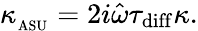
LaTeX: \kappa_{_\mathrm{ASU}}=2i\hat{\omega}\tau_{\mathrm{diff}}\kappa.